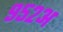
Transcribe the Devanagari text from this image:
९५२अ